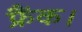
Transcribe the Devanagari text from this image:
फ्रैंक।